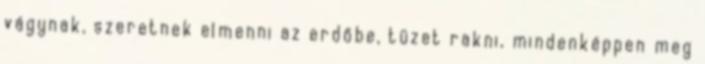
vágynak, szeretnek elmenni az erdőbe, tüzet rakni, mindenképpen meg